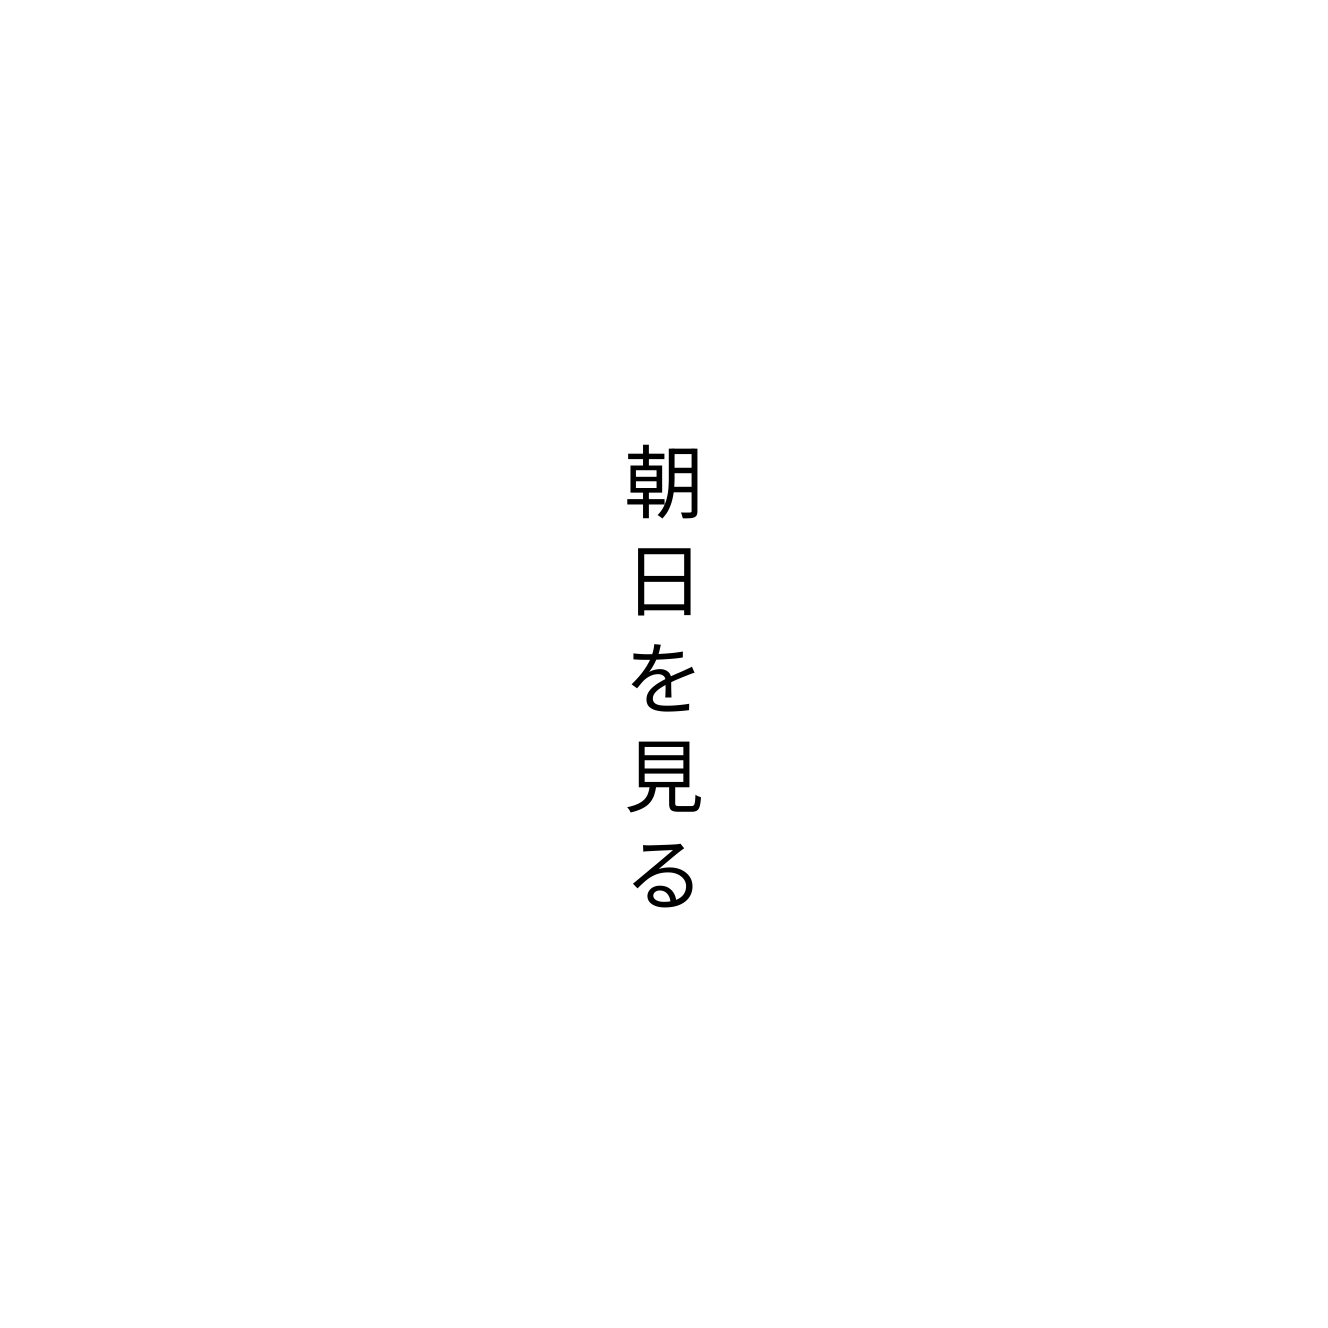
朝日を見る